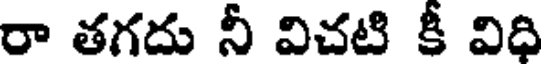
రా తగదు నీ విచటి కీ విధి